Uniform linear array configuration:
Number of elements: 16
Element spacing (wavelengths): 1
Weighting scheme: blackman
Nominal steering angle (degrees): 30
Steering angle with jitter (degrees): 28.459
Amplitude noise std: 0.05
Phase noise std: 0.05

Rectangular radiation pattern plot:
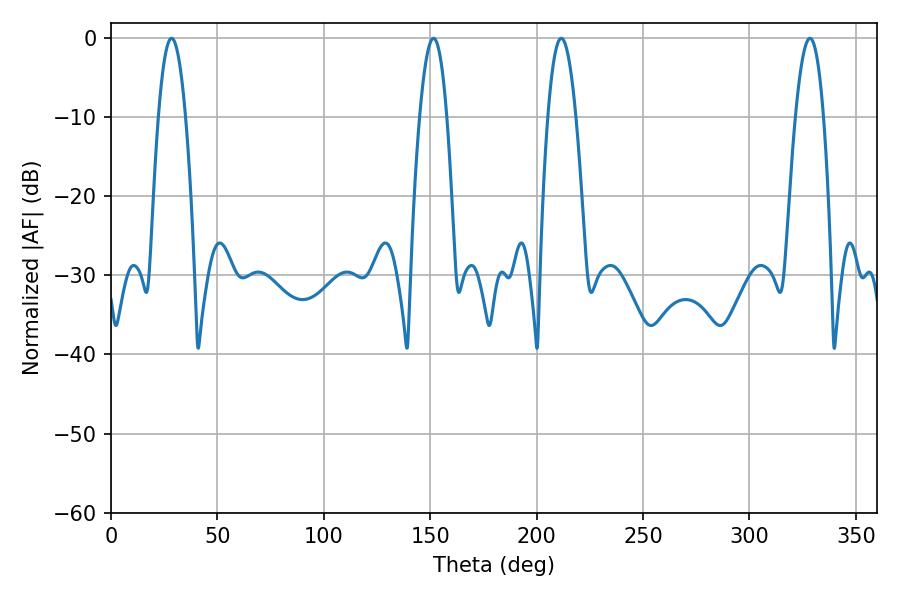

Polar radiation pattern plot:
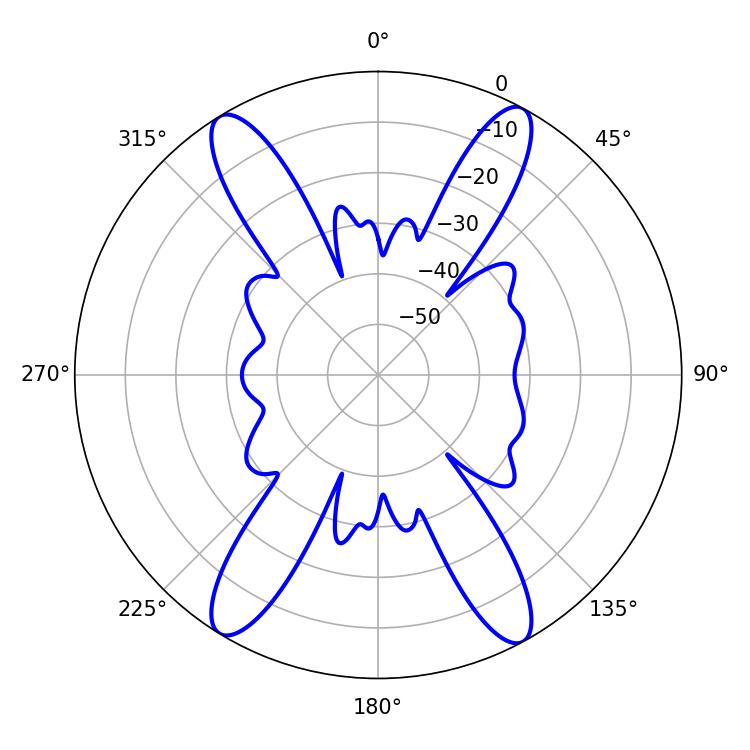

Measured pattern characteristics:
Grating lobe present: TRUE
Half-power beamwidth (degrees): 7.02
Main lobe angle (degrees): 151.56